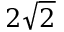
2 \sqrt { 2 }